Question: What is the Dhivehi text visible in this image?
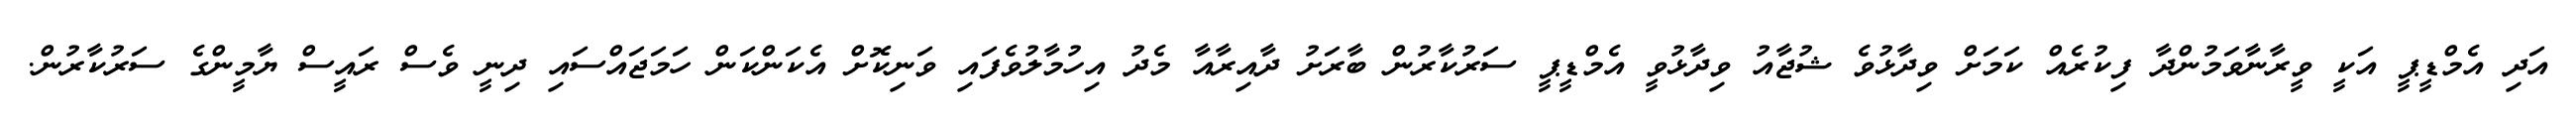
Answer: އަދި އެމްޑީޕީ އަކީ ވީރާނާވަމުންދާ ފިކުރެއް ކަމަށް ވިދާޅުވެ ޝުޖާއު ވިދާޅުވީ އެމްޑީޕީ ސަރުކާރުން ބާރަށު ދާއިރާއާ މެދު އިހުމާލުވެފައި ވަނިކޮށް އެކަންކަން ހަމަޖައްސައި ދިނީ ވެސް ރައީސް ޔާމީންގެ ސަރުކާރުން.